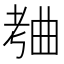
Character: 𬁥